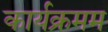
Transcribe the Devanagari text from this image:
कार्यक्रमम